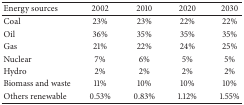
<table><thead><tr><td><b>Energy sources</b></td><td><b>2002</b></td><td><b>2010</b></td><td><b>2020</b></td><td><b>2030</b></td></tr></thead><tbody><tr><td>Coal</td><td>23%</td><td>23%</td><td>22%</td><td>22%</td></tr><tr><td>Oil</td><td>36%</td><td>35%</td><td>35%</td><td>35%</td></tr><tr><td>Gas</td><td>21%</td><td>22%</td><td>24%</td><td>25%</td></tr><tr><td>Nuclear</td><td>7%</td><td>6%</td><td>5%</td><td>5%</td></tr><tr><td>Hydro</td><td>2%</td><td>2%</td><td>2%</td><td>2%</td></tr><tr><td>Biomass and waste</td><td>11%</td><td>10%</td><td>10%</td><td>10%</td></tr><tr><td>Others renewable</td><td>0.53%</td><td>0.83%</td><td>1.12%</td><td>1.55%</td></tr></tbody></table>